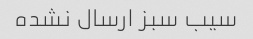
سیب سبز ارسال نشده